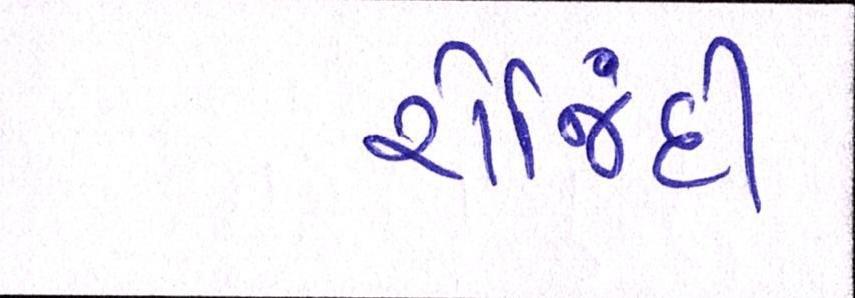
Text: રોજિંદી